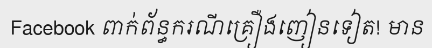
Facebook ពាក់ព័ន្ធករណីគ្រឿងញៀនទៀត! មាន